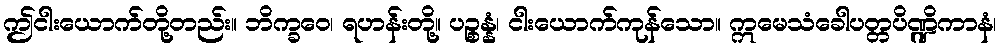
ဤငါးယောက်တို့တည်း။ ဘိက္ခဝေ၊ ရဟန်းတို့။ ပဉ္စန္နံ၊ ငါးယောက်ကုန်သော။ ဣမေသံခေါပတ္တပိဏ္ဍိကာနံ၊